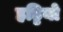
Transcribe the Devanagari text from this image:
हड्डियो